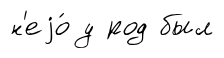
н'еjо́ у род был